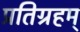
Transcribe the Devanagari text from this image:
प्रतिग्रहम्